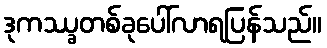
ဒုကဿ္ခတစ်ခုပေါ်လာရပြန်သည်။